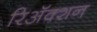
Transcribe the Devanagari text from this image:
रिअॅक्शन